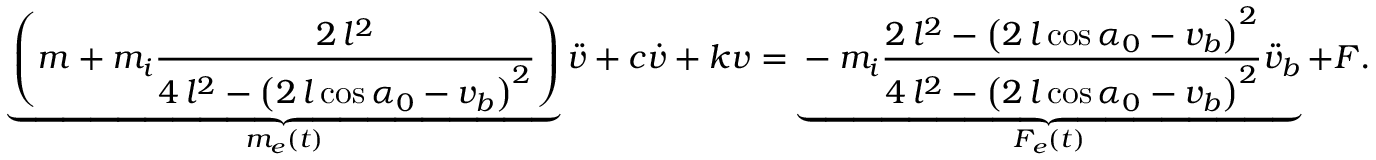
\underbrace { \left( m + m _ { i } \frac { 2 \, l ^ { 2 } } { 4 \, l ^ { 2 } - { \left( 2 \, l \cos { \alpha _ { 0 } } - v _ { b } \right) } ^ { 2 } } \right) } _ { m _ { e } ( t ) } \ddot { v } + c \dot { v } + k v = \underbrace { - m _ { i } \frac { 2 \, l ^ { 2 } - \left( 2 \, l \cos { \alpha _ { 0 } } - v _ { b } \right) ^ { 2 } } { 4 \, l ^ { 2 } - { \left( 2 \, l \cos { \alpha _ { 0 } } - v _ { b } \right) } ^ { 2 } } \ddot { v } _ { b } } _ { F _ { e } ( t ) } + F .